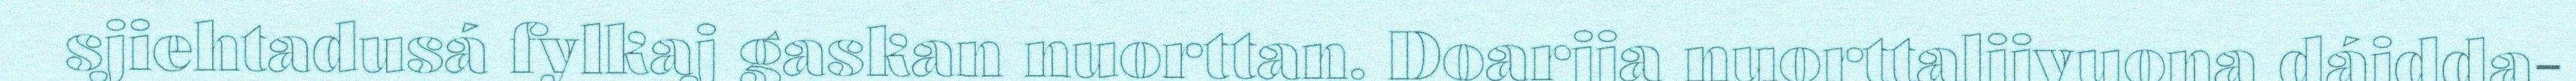
sjiehtadusá fylkaj gaskan nuorttan. Doarjja nuorttalijvuona dájdda-